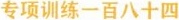
专项训练一百八十四